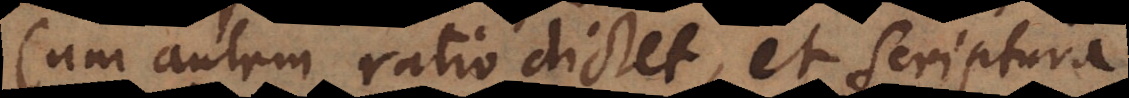
Cum autem ratio dictet, et Scriptura